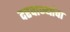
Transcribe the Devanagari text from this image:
दरवाज्यांचा